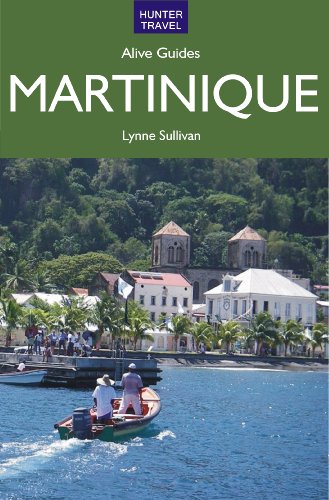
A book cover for Martinique Alive; Lynne Sullivan; Travel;